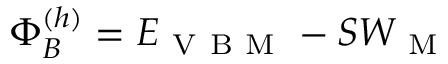
\Phi _ { B } ^ { ( h ) } = E _ { \mathrm { ~ V ~ B ~ M ~ } } - S W _ { \mathrm { ~ M ~ } }